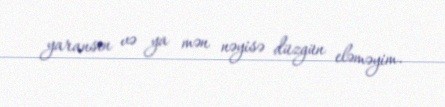
yaransın və ya mən nəyisə düzgün eləməyim.